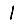
Digit: 1